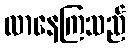
လာနေကြသည်